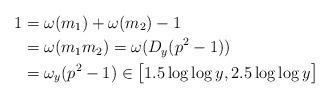
LaTeX: \begin{align*}1&= \omega(m_1) + \omega(m_2) - 1\\&= \omega(m_1 m_2) = \omega(D_y(p^2-1)) \\&= \omega_y(p^2-1) \in\big[1.5\log\log y,2.5\log\log y\big]\end{align*}